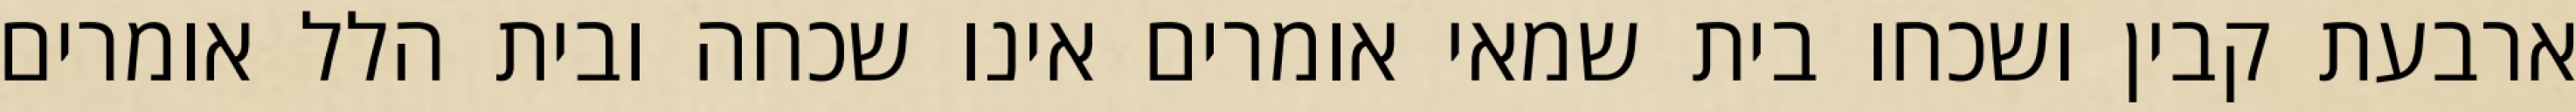
ארבעת קבין ושכחו בית שמאי אומרים אינו שכחה ובית הלל אומרים